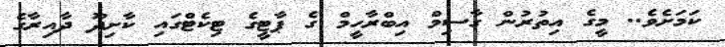
ކަމަށެވެ.. މީގެ އިތުރުން ގާސިމް އިބްރާހީމް ގެ ޕާޓީގެ ޓިކެޓްގައި ކާށިދޫ ދާއިރާގެ